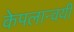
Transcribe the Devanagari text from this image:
केपलान्वयी